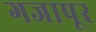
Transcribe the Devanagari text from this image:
गजापूर